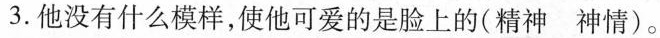
3.他没有什么模样，使他可爱的是脸上的(精神 神情)。